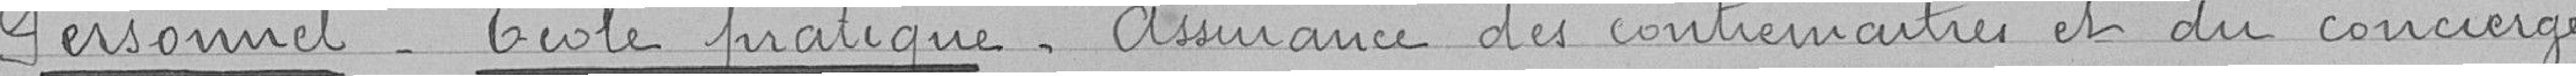
Personnel_ Ecole pratique_ Assurance des contremaitres et du concierge